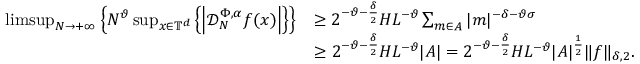
\begin{array} { r l } { \operatorname* { l i m s u p } _ { N \to + \infty } \left\{ N ^ { \vartheta } \operatorname* { s u p } _ { x \in \mathbb { T } ^ { d } } \left\{ \left| \mathcal D _ { N } ^ { \Phi , \alpha } f ( x ) \right| \right\} \right\} } & { \geq 2 ^ { - \vartheta - \frac { \delta } { 2 } } H L ^ { - \vartheta } \sum _ { m \in A } | m | ^ { - \delta - \vartheta \sigma } } \\ & { \geq 2 ^ { - \vartheta - \frac { \delta } { 2 } } H L ^ { - \vartheta } | A | = 2 ^ { - \vartheta - \frac { \delta } { 2 } } H L ^ { - \vartheta } | A | ^ { \frac { 1 } { 2 } } \| f \| _ { \delta , 2 } . } \end{array}